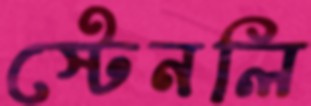
স্টেনলি